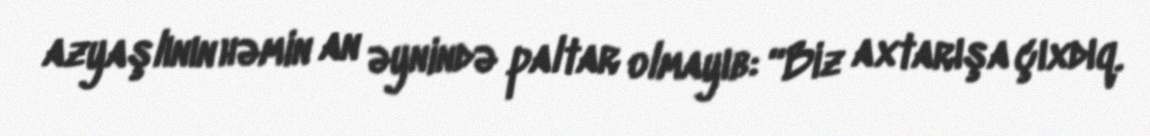
azyaşlının həmin an əynində paltar olmayıb: “Biz axtarışa çıxdıq.